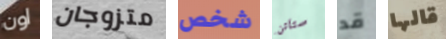
اون متزوجان شخص ستاتن قد قالها